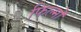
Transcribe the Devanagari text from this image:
फिल्मॊ